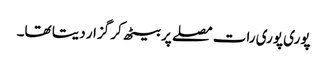
پوری پوری رات مصلے پر بیٹھ کر گزار دیتا تھا۔